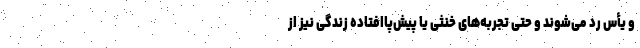
و یأس رد می‌شوند و حتی تجربه‌های خنثی یا پیش‌پاافتاده زندگی نیز از